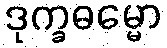
ဒုက္ခဓမ္မော